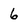
Character: 6